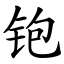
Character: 铇